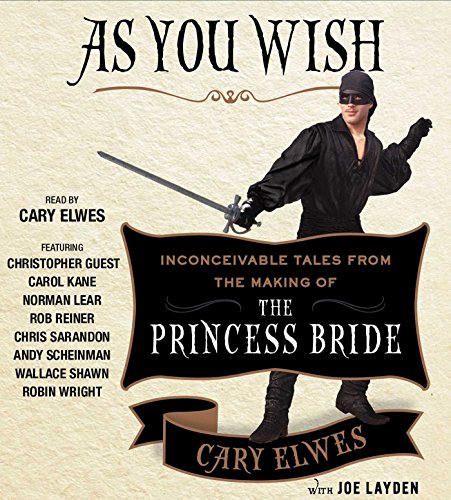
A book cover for As You Wish: Inconceivable Tales from the Making of The Princess Bride; Cary Elwes; Humor & Entertainment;